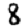
Digit: 8